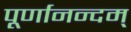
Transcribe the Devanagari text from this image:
पूर्णानन्दम्